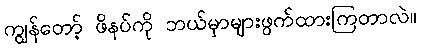
ကျွန်တော့် ဖိနပ်ကို ဘယ်မှာများဖွက်ထားကြတာလဲ။